Mental hospitals Bombay report 1921-28 - 1921-1928
Year: 1921
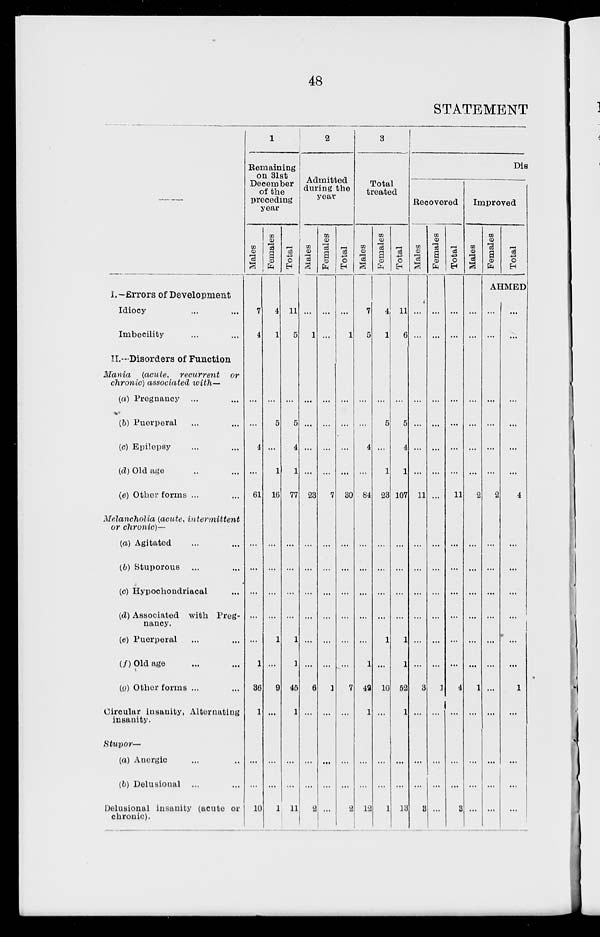
48
STATEMENT
—
I.—Errors of Development
Idiocy ... ...
Imbecility ... ...
II.—Disorders of Function
Mania
(acute,
recurrent
or
chronic) associated with—
(a) Pregnancy ... ...
(b) Puerperal ... ...
(c) Epilepsy ... ...
(d) Old age ... ...
(e) Other forms ... ...
Melancholia (acute, intermittent
or chronic)—
(a) Agitated ... ...
(b) Stuporous ... ...
(c) Hypochondriacal ...
(d) Associated with Preg-
nancy.
(e) Puerperal ... ...
(f) Old age ... ...
(g) Other forms ... ...
Circular insanity, Alternating
insanity.
Stupor—
(a) Anergic ... ...
(b) Delusional ... ...
Delusional insanity (acute or
chronic).
1
Remaining
on 31st
December
of the
preceding
year
Males
7
4
...
...
4
...
61
...
...
...
...
...
1
36
1
...
...
10
Females
4
1
...
5
...
1
16
...
...
...
...
1
...
9
...
...
...
1
Total
11
5
...
5
4
1
77
...
...
...
...
1
1
45
1
...
...
11
2
Admitted
during the
year
Males
...
1
...
...
...
...
23
...
...
...
...
...
...
6
...
...
...
2
Females
...
...
...
...
...
...
7
...
...
...
...
...
...
1
...
...
...
...
Total
...
1
...
...
...
...
30
...
...
...
...
...
...
7
...
...
...
2
3
Total
treated
Males
7
5
...
...
4
...
84
...
...
...
...
...
1
42
1
...
...
12
Females
4
1
...
5
...
1
23
...
...
...
...
1
...
10
...
...
...
1
Total
11
6
...
5
4
1
107
...
...
...
...
1
1
52
1
...
...
13
Dis
Recovered
Males
...
...
...
...
...
...
11
...
...
...
...
...
...
3
...
...
...
3
Females
...
...
...
...
...
...
...
...
...
...
...
...
...
1
...
...
...
...
Total
...
...
...
...
...
...
11
...
...
...
...
...
...
4
...
...
...
3
Improved
Males
...
...
...
...
...
...
2
...
...
...
...
...
...
1
...
...
...
...
Females
Total
AHMED
...
...
...
...
...
...
2
...
...
...
...
...
...
...
...
...
...
...
...
...
...
...
...
...
4
...
...
...
...
...
...
1
...
...
...
...